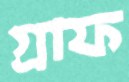
গ্রাফ